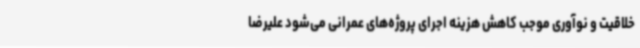
خلاقیت و نوآوری موجب کاهش هزینه اجرای پروژه‌های عمرانی می‌شود علیرضا